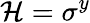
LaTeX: \mathcal{H}=\sigma^{y}